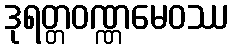
ဒုရတ္တဝဏ္ဏမေဝဿ